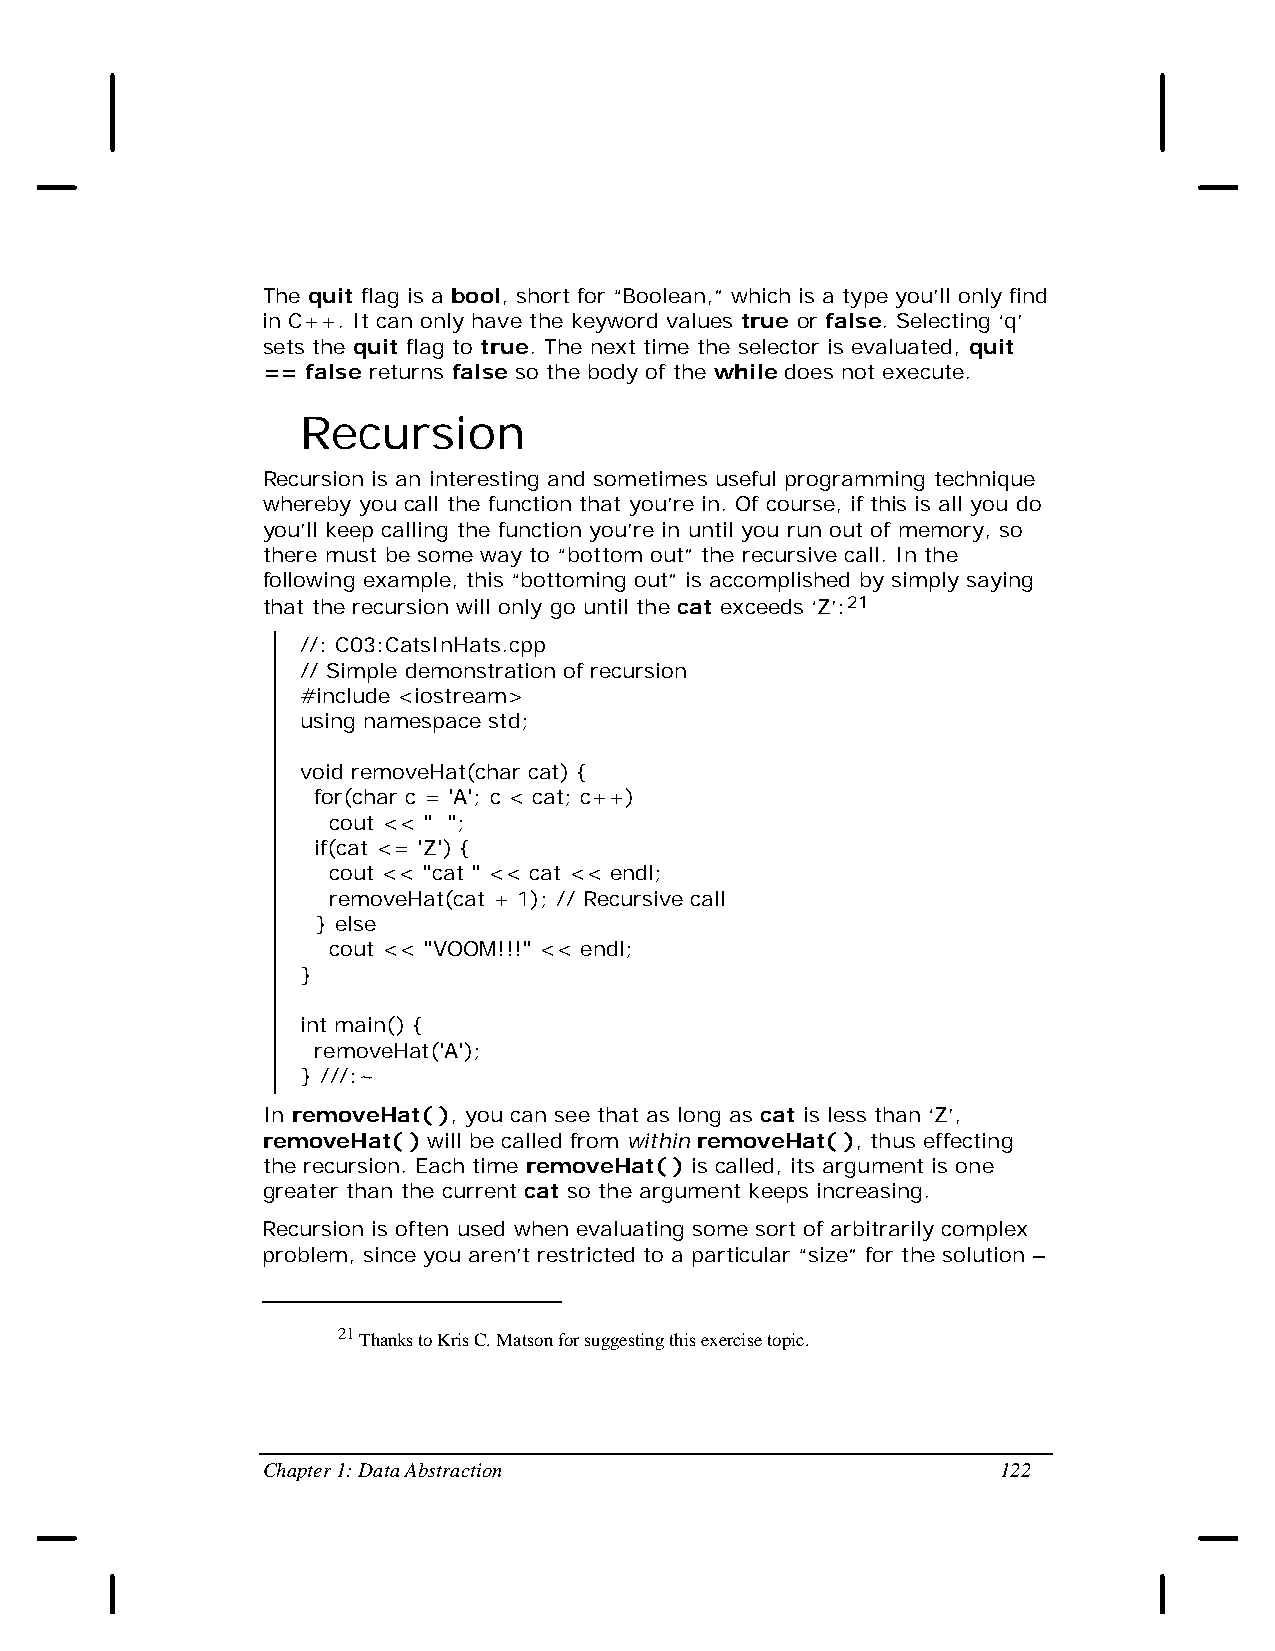
The quit flag is a bool, short for “Boolean,” which is a type you’ll only find
 in C++. It can only have the keyword values true or false. Selecting ‘q’
 sets the quit flag to true. The next time the selector is evaluated, quit
 == false returns false so the body of the while does not execute.
 Recursion
 Recursion is an interesting and sometimes useful programming technique
 whereby you call the function that you’re in. Of course, if this is all you do
 you’ll keep calling the function you’re in until you run out of memory, so
 there must be some way to “bottom out” the recursive call. In the
 following example, this “bottoming out” is accomplished by simply saying
 that the recursion will only go until the cat exceeds ‘Z’:21
 //: C03:CatsInHats.cpp
 // Simple demonstration of recursion
 #include <iostream>
 using namespace std;
 void removeHat(char cat) {
 for(char c = 'A'; c < cat; c++)
 cout << " ";
 if(cat <= 'Z') {
 cout << "cat " << cat << endl;
 removeHat(cat + 1); // Recursive call
 } else
 cout << "VOOM!!!" << endl;
 }
 int main() {
 removeHat('A');
 } ///:~
 In removeHat( ), you can see that as long as cat is less than ‘Z’,
 removeHat( ) will be called from within removeHat( ), thus effecting
 the recursion. Each time removeHat( ) is called, its argument is one
 greater than the current cat so the argument keeps increasing.
 Recursion is often used when evaluating some sort of arbitrarily complex
 problem, since you aren’t restricted to a particular “size” for the solution –
 21 Thanks to Kris C. Matson for suggesting this exercise topic.
 Chapter 1: Data Abstraction                      122